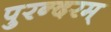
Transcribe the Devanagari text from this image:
पुरन्दरम्